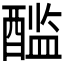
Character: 𰼏